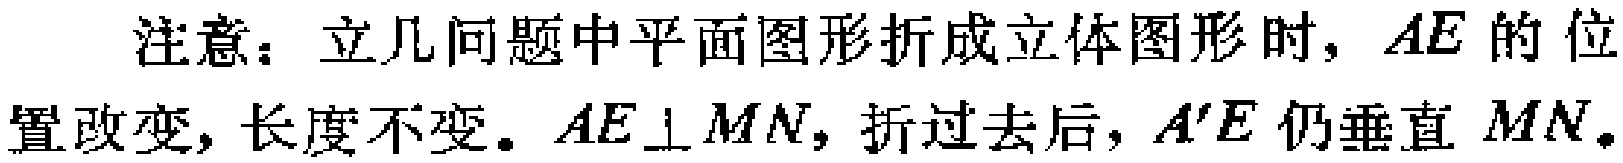
注意：立几问题中平面图形折成立体图形时，\(AE\)的位置改变，长度不变。\(AE\perp MN\)，折过去后，\(A'E\)仍垂直 \(MN\)。